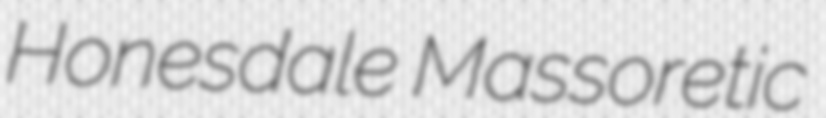
Honesdale Massoretic